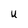
Character: 4